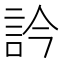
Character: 訡